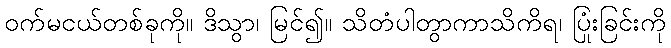
ဝက်မငယ်တစ်ခုကို။ ဒိသွာ၊ မြင်၍။ သိတံပါတွာကာသိကိရ၊ ပြုံးခြင်းကို